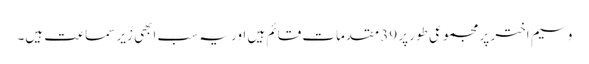
وسیم اختر پر مجموعی طور پر 39 مقدمات قائم ہیں اور یہ سب ابھی زیر سماعت ہیں۔